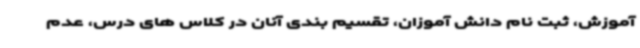
آموزش، ثبت نام دانش آموزان، تقسیم بندی آنان در کلاس های درس، عدم